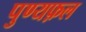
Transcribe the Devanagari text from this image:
पुण्यफ़ल